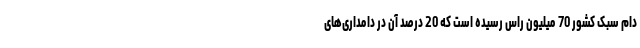
دام سبک کشور 70 میلیون راس رسیده است که 20 درصد آن در دامداری‌های